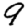
Digit: 9